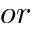
o r